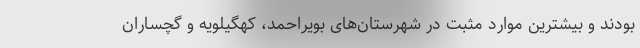
بودند و بیشترین موارد مثبت در شهرستان‌های بویراحمد، کهگیلویه و گچساران